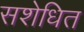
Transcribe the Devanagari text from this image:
सशेधित